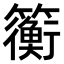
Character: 𫂬